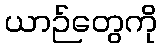
ယာဉ်တွေကို